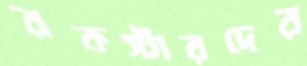
রকস্টারদের